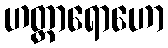
ဟတ္ထာရောဟော